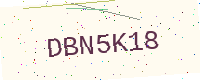
Text: DBN5K18